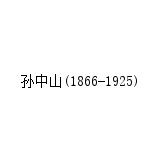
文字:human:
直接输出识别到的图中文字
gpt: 孙中山(1866-1925)